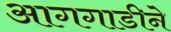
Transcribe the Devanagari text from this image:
आगगाडीने